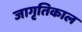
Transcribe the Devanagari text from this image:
जागृतिकाल